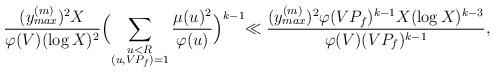
LaTeX: \begin{align*}\frac{(y^{(m)}_{max})^2X}{\varphi(V)(\log X)^2}\Bigl(\sum_{\substack{u<R\\(u,VP_f)=1}}\frac{\mu(u)^2}{\varphi(u)}\Bigl)^{k-1}\ll\frac{(y^{(m)}_{max})^2\varphi(VP_f)^{k-1}X(\log X)^{k-3}}{\varphi(V)(VP_f)^{k-1}},\end{align*}